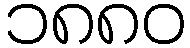
၁၈၈၀